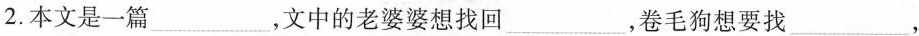
2.本文是一篇___，文中的老婆婆想找回___，卷毛狗想要找___，